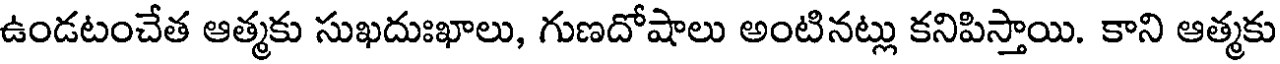
ఉండటంచేత ఆత్మకు సుఖదుఃఖాలు, గుణదోషాలు అంటినట్లు కనిపిస్తాయి. కాని ఆత్మకు